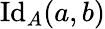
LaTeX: \mathrm{Id}_{A}(a,b)